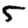
Digit: 5